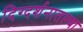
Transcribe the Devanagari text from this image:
दिग्दर्शनातल्या